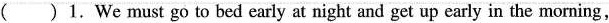
( )1.We must go to bed early at night and get up early in the morning,